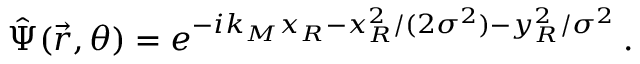
\hat { \Psi } ( \vec { r } , \theta ) = e ^ { - i k _ { M } x _ { R } - x _ { R } ^ { 2 } / ( 2 \sigma ^ { 2 } ) - y _ { R } ^ { 2 } / \sigma ^ { 2 } } \, .